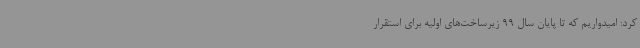
کرد: امیدواریم که تا پایان سال 99 زیرساخت‌های اولیه برای استقرار